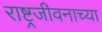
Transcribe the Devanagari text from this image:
राष्ट्रजीवनाच्या